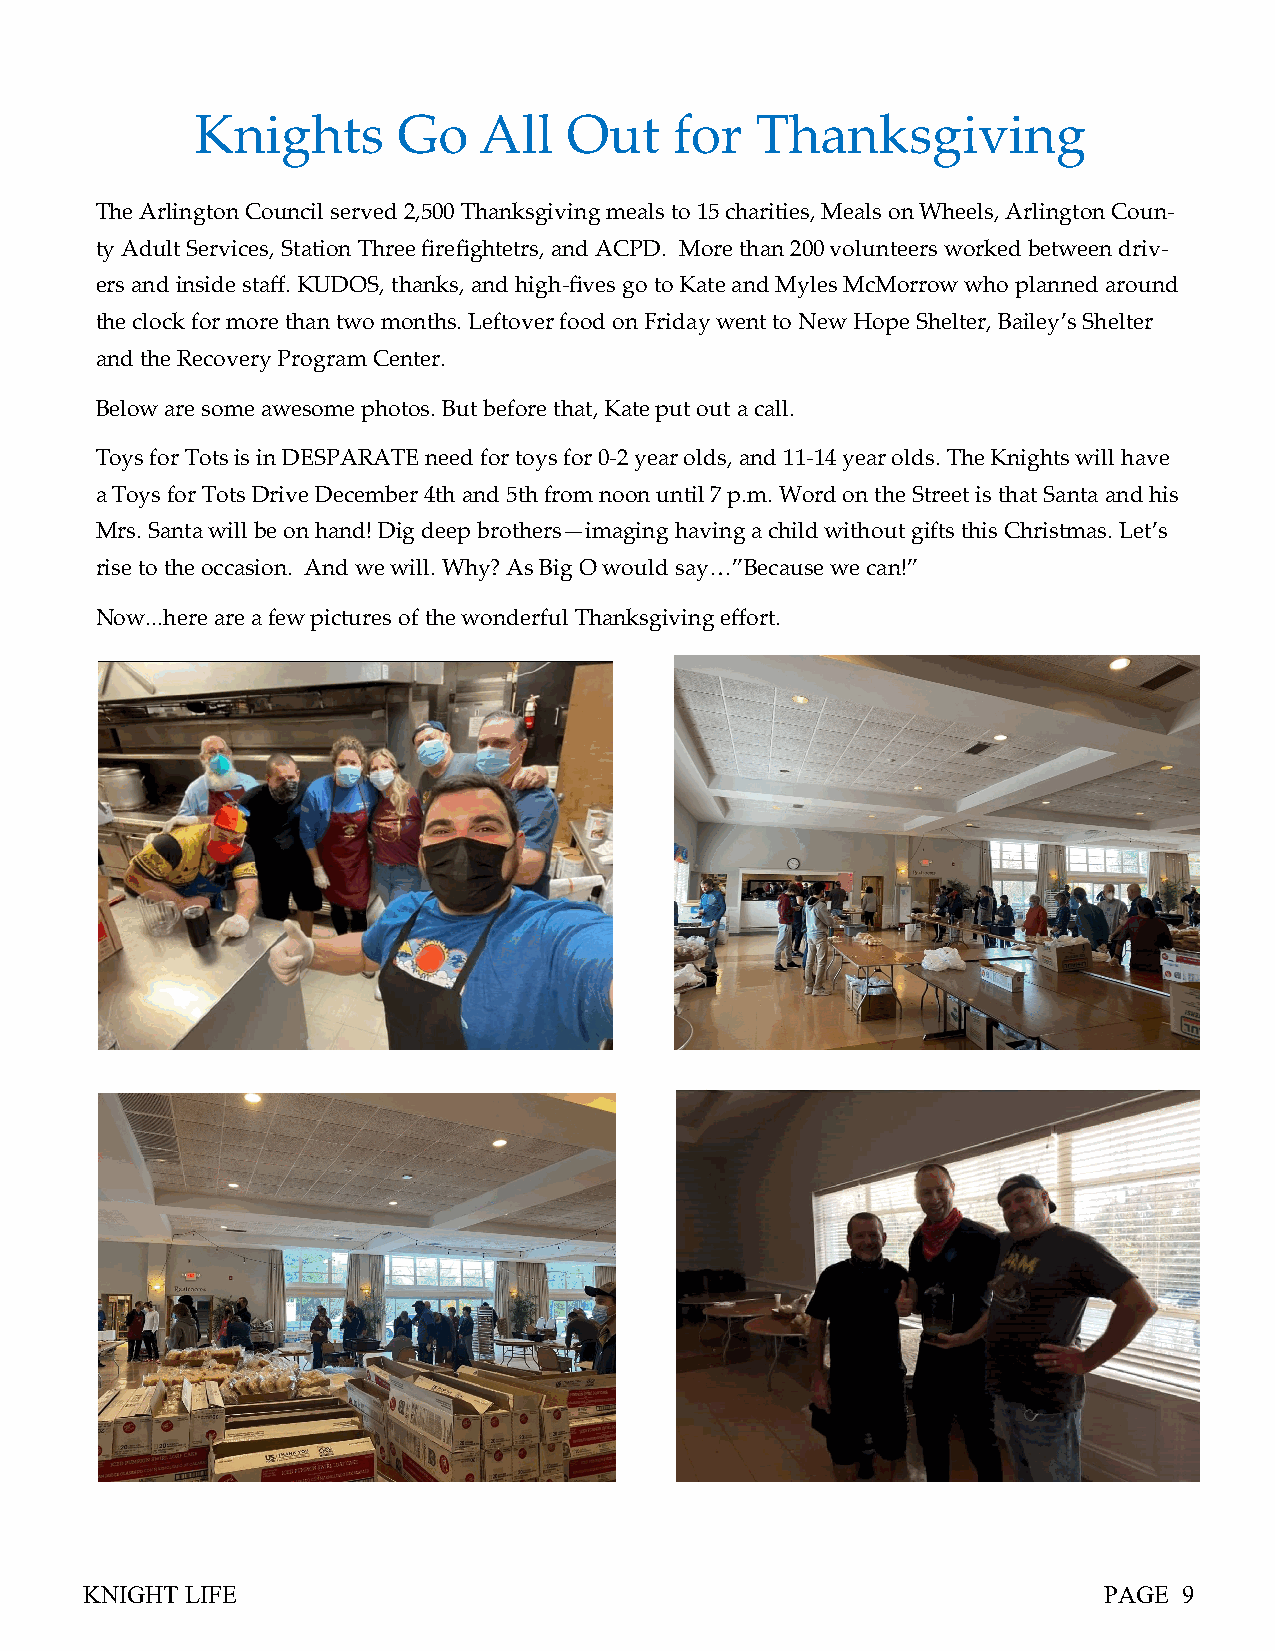
Knights      Go    All   Out    for  Thanksgiving
 The Arlington Council served 2,500 Thanksgiving meals to 15 charities, Meals on Wheels, Arlington Coun-
 ty Adult Services, Station Three firefightetrs, and ACPD. More than 200 volunteers worked between driv-
 ers and inside staff. KUDOS, thanks, and high-fives go to Kate and Myles McMorrow who planned around
 the clock for more than two months. Leftover food on Friday went to New Hope Shelter, Bailey’s Shelter
 and the Recovery Program Center.
 Below are some awesome photos. But before that, Kate put out a call.
 Toys for Tots is in DESPARATE need for toys for 0-2 year olds, and 11-14 year olds. The Knights will have
 a Toys for Tots Drive December 4th and 5th from noon until 7 p.m. Word on the Street is that Santa and his
 Mrs. Santa will be on hand! Dig deep brothers—imaging having a child without gifts this Christmas. Let’s
 rise to the occasion. And we will. Why? As Big O would say…”Because we can!”
 Now...here are a few pictures of the wonderful Thanksgiving effort.
 KNIGHT LIFE                                                         PAGE 9